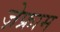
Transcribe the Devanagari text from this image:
ज़ेफ्राम